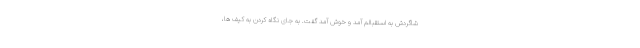
شاگردش به استقبالم آمد و خوش آمد گفت. به جای نگاه کردن به کیف ها،